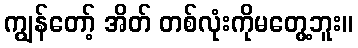
ကျွန်တော့် အိတ် တစ်လုံးကိုမတွေ့ဘူး။